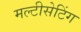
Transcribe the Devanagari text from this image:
मल्टीसेटिंग